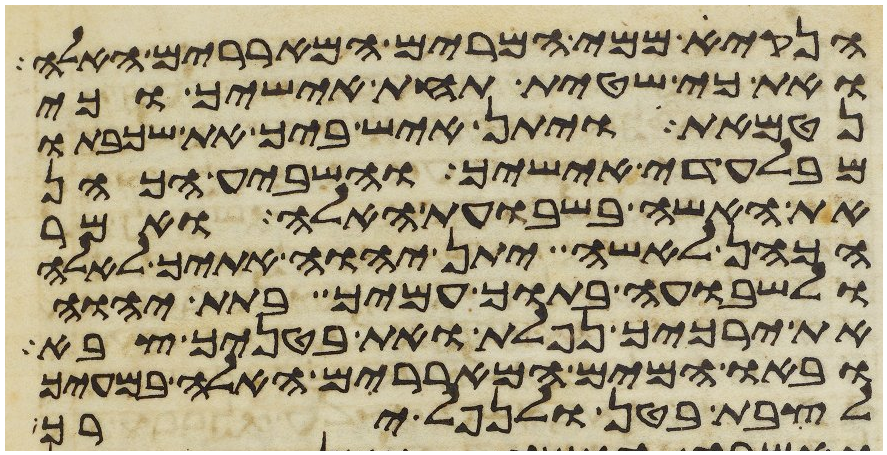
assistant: הנקי ממי המרים המאררים האלה
ואת כי שטית תחת אישיך וכי
נטמאת ויתן איש ביך את שכבתו
מבלעדי אישיך והשביע הכהן
את האשה בשבועת האלה ואמר
הכהן לאשה יתן יהוה אתיך לאלה
ולשבועה בתוך עמיך בתת יהוה
את ירכיך נפלת ואת בטניך צבא
ובאו המים המאררים האלה במעיך
לצבת בטן ולנפל ירך